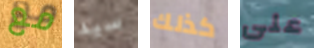
مع سيد كذلك على